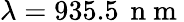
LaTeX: \lambda=935.5\, \mathrm{~n~m~}